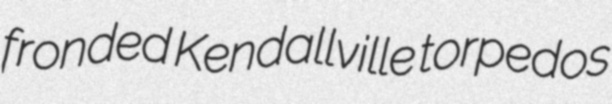
fronded Kendallville torpedos